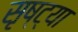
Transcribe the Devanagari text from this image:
सृष्ट्या